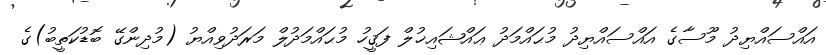
އައްސައްޔިދު މޫސާގެ އައްސައްޔިދު މުޙައްމަދު ޢައްޝައިޚުލް ފަޤީހު މުޙައްމަދުލް މަރަދުވިއްޔު (މުދިންގޭ ބޮޑުކަތީބު)ގެ